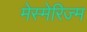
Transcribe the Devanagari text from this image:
मेस्मेरिज्म